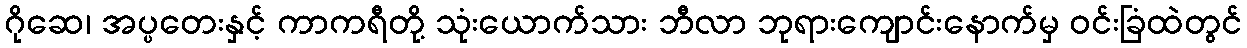
ဂိုဆေ၊ အပ္ပတေးနှင့် ကာကရီတို့ သုံးယောက်သား ဘီလာ ဘုရားကျောင်းနောက်မှ ဝင်းခြံထဲတွင်